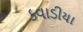
કવાડીયા